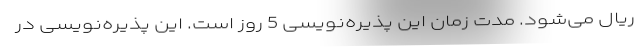
ریال می‌شود. مدت زمان این پذیره‌نویسی 5 روز است. این پذیره‌نویسی در